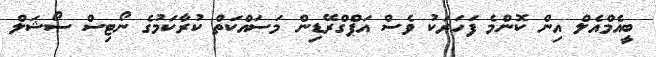
ބީއެމްއެލް އިން ކޮންމެ ފަހަރަކު ވެސް އަޕްގްރޭޑިން މަސައްކަތް ކުރާކަމުގެ ނޯޓިސް ސޯޝަލް